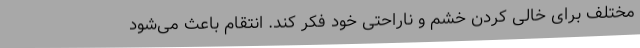
مختلف برای خالی‌ کردن خشم و ناراحتی خود فکر کند. انتقام باعث می‌شود